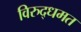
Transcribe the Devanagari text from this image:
विरुद्धमत